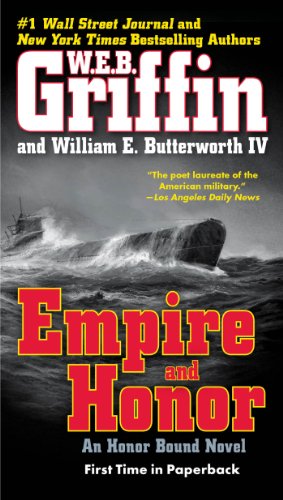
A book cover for Empire and Honor (Honor Bound); W.E.B. Griffin; Literature & Fiction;